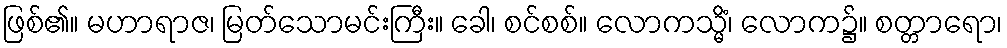
ဖြစ်၏။ မဟာရာဇ၊ မြတ်သောမင်းကြီး။ ခေါ၊ စင်စစ်။ လောကသ္မိံ၊ လောက၌။ စတ္တာရော၊